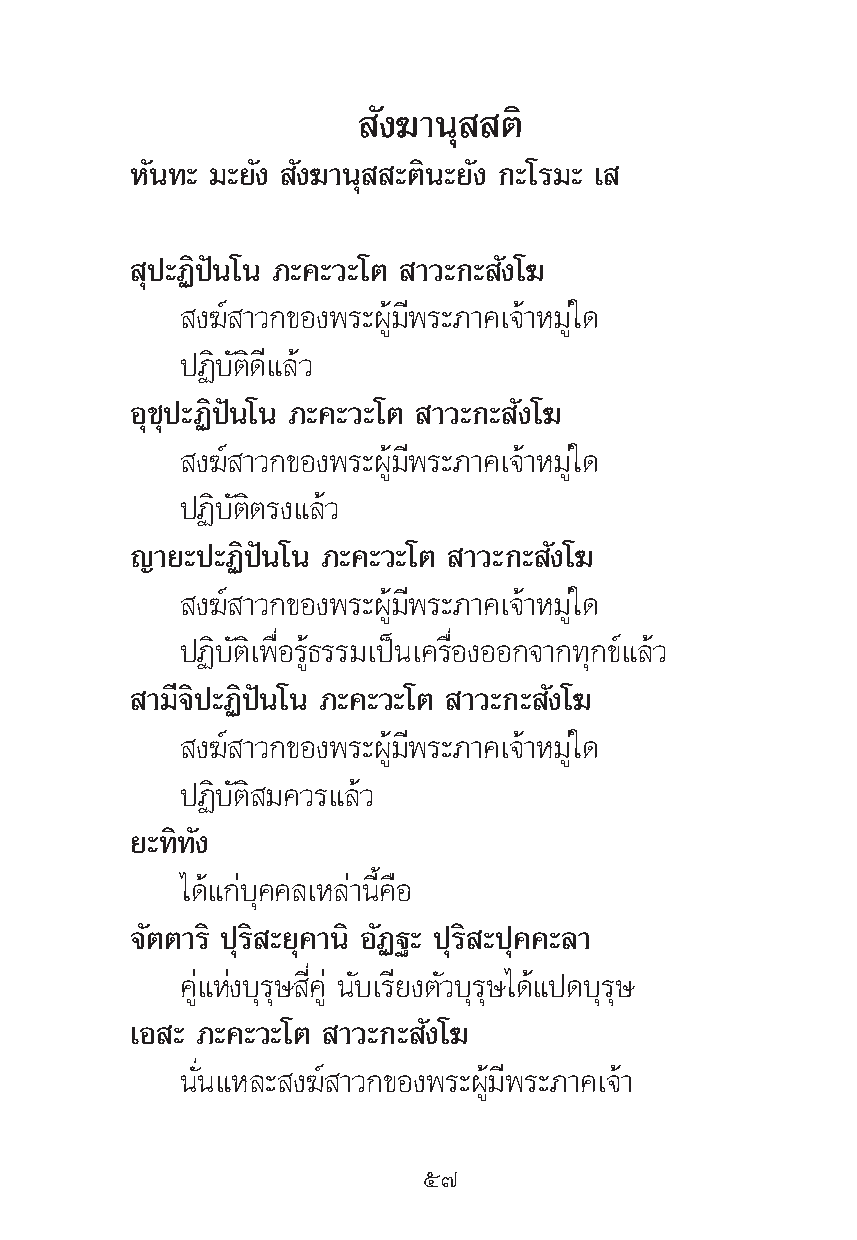
—ß¶“πÿ  μ‘
 À—π∑– ¡–¬—ß —ß¶“πÿ –μ‘π–¬—ß °–‚√¡– ‡
 ÿª–Ø‘ªíπ‚π ¿–§–«–‚μ “«–°– —ß‚¶
 ß¶å “«°¢Õßæ√–ºŸâ¡’æ√–¿“§‡®â“À¡Ÿà„¥
 ªØ‘∫—μ‘¥’·≈â«
 Õÿ™ÿª–Ø‘ªíπ‚π ¿–§–«–‚μ “«–°– —ß‚¶
 ß¶å “«°¢Õßæ√–ºŸâ¡’æ√–¿“§‡®â“À¡Ÿà„¥
 ªØ‘∫—μ‘μ√ß·≈â«
 ≠“¬–ª–Ø‘ªíπ‚π ¿–§–«–‚μ “«–°– —ß‚¶
 ß¶å “«°¢Õßæ√–ºŸâ¡’æ√–¿“§‡®â“À¡Ÿà„¥
 ªØ‘∫—μ‘‡æ◊ËÕ√Ÿâ∏√√¡‡ªìπ‡§√◊ËÕßÕÕ°®“°∑ÿ°¢å·≈â«
 “¡’®‘ª–Ø‘ªíπ‚π ¿–§–«–‚μ “«–°– —ß‚¶
 ß¶å “«°¢Õßæ√–ºŸâ¡’æ√–¿“§‡®â“À¡Ÿà„¥
 ªØ‘∫—μ‘ ¡§«√·≈â«
 ¬–∑‘∑—ß
 ‰¥â·°à∫ÿ§§≈‡À≈à“π’È§◊Õ
 ®—μμ“√‘ ªÿ√‘ –¬ÿ§“π‘ Õ—Ø∞– ªÿ√‘ –ªÿ§§–≈“
 §Ÿà·Ààß∫ÿ√ÿ… ’Ë§Ÿà π—∫‡√’¬ßμ—«∫ÿ√ÿ…‰¥â·ª¥∫ÿ√ÿ…
 ‡Õ – ¿–§–«–‚μ “«–°– —ß‚¶
 π—Ëπ·À≈– ß¶å “«°¢Õßæ√–ºŸâ¡’æ√–¿“§‡®â“
 ı˜